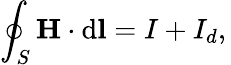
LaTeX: \oint_{S}\mathbf{H}\cdot\mathrm{{d}}\mathbf{l}=I+I_{d},\,